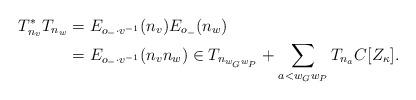
LaTeX: \begin{align*}T_{n_v}^*T_{n_w} & = E_{o_-\cdot v^{-1}}(n_v)E_{o_-}(n_w)\\& = E_{o_-\cdot v^{-1}}(n_vn_w)\in T_{n_{w_Gw_P}} + \sum_{a < w_Gw_P}T_{n_a}C[Z_\kappa].\end{align*}